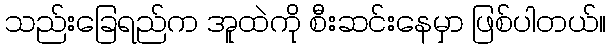
သည်းခြေရည်က အူထဲကို စီးဆင်းနေမှာ ဖြစ်ပါတယ်။